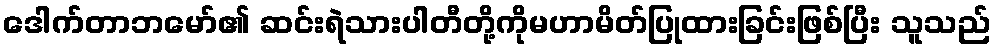
ဒေါက်တာဘမော်၏ ဆင်းရဲသားပါတီတို့ကိုမဟာမိတ်ပြုထားခြင်းဖြစ်ပြီး သူသည်